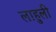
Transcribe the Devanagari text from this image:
लाहुली